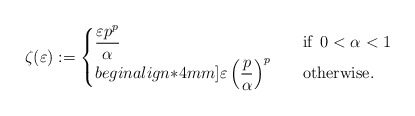
\begin{align*}\zeta(\varepsilon):=\begin{cases}\dfrac{\varepsilon p^p}{\alpha}&\textrm{if}\,\,\,0 <\alpha<1\\begin{align*}4mm]\varepsilon \left(\dfrac{p}{\alpha}\right)^p \quad& \textrm{otherwise}.\end{cases}\end{align*}